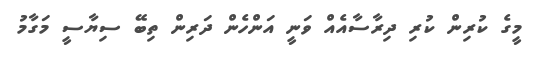
މީގެ ކުރިން ކުރި ދިރާސާއެއް ވަނީ އަންހެން ދަރިން ތިބޭ ސިޔާސީ މަގާމު